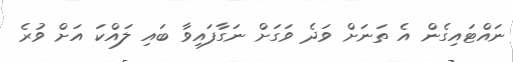
ނައްޓައިގެން އެ ތަނަށް ވަދެ ވަގަށް ނަގާފައިވާ ބައި ލައްކަ އަށް ވުރެ